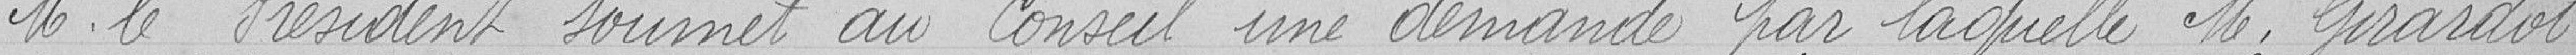
Monsieur le Président soumet au Conseil une demande par laquelle Monsieur Girardot